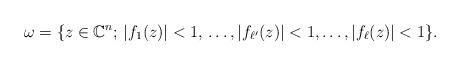
LaTeX: \begin{align*}\omega = \{z \in \mathbb{C}^n;\, |f_1(z)| < 1,\, \dots, |f_{\ell'}(z)| < 1, \dots, |f_{\ell}(z)| < 1\}.\end{align*}